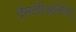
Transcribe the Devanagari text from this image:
देमतेरिअलिज़िग्